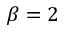
\beta = 2